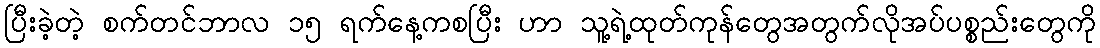
ပြီးခဲ့တဲ့ စက်တင်ဘာလ ၁၅ ရက်နေ့ကစပြီး ဟာ သူ့ရဲ့ထုတ်ကုန်တွေအတွက်လိုအပ်ပစ္စည်းတွေကို